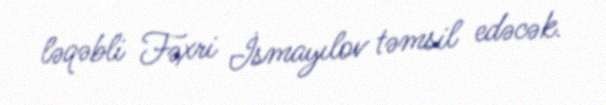
ləqəbli Fəxri İsmayılov təmsil edəcək.